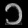
Digit: ၁